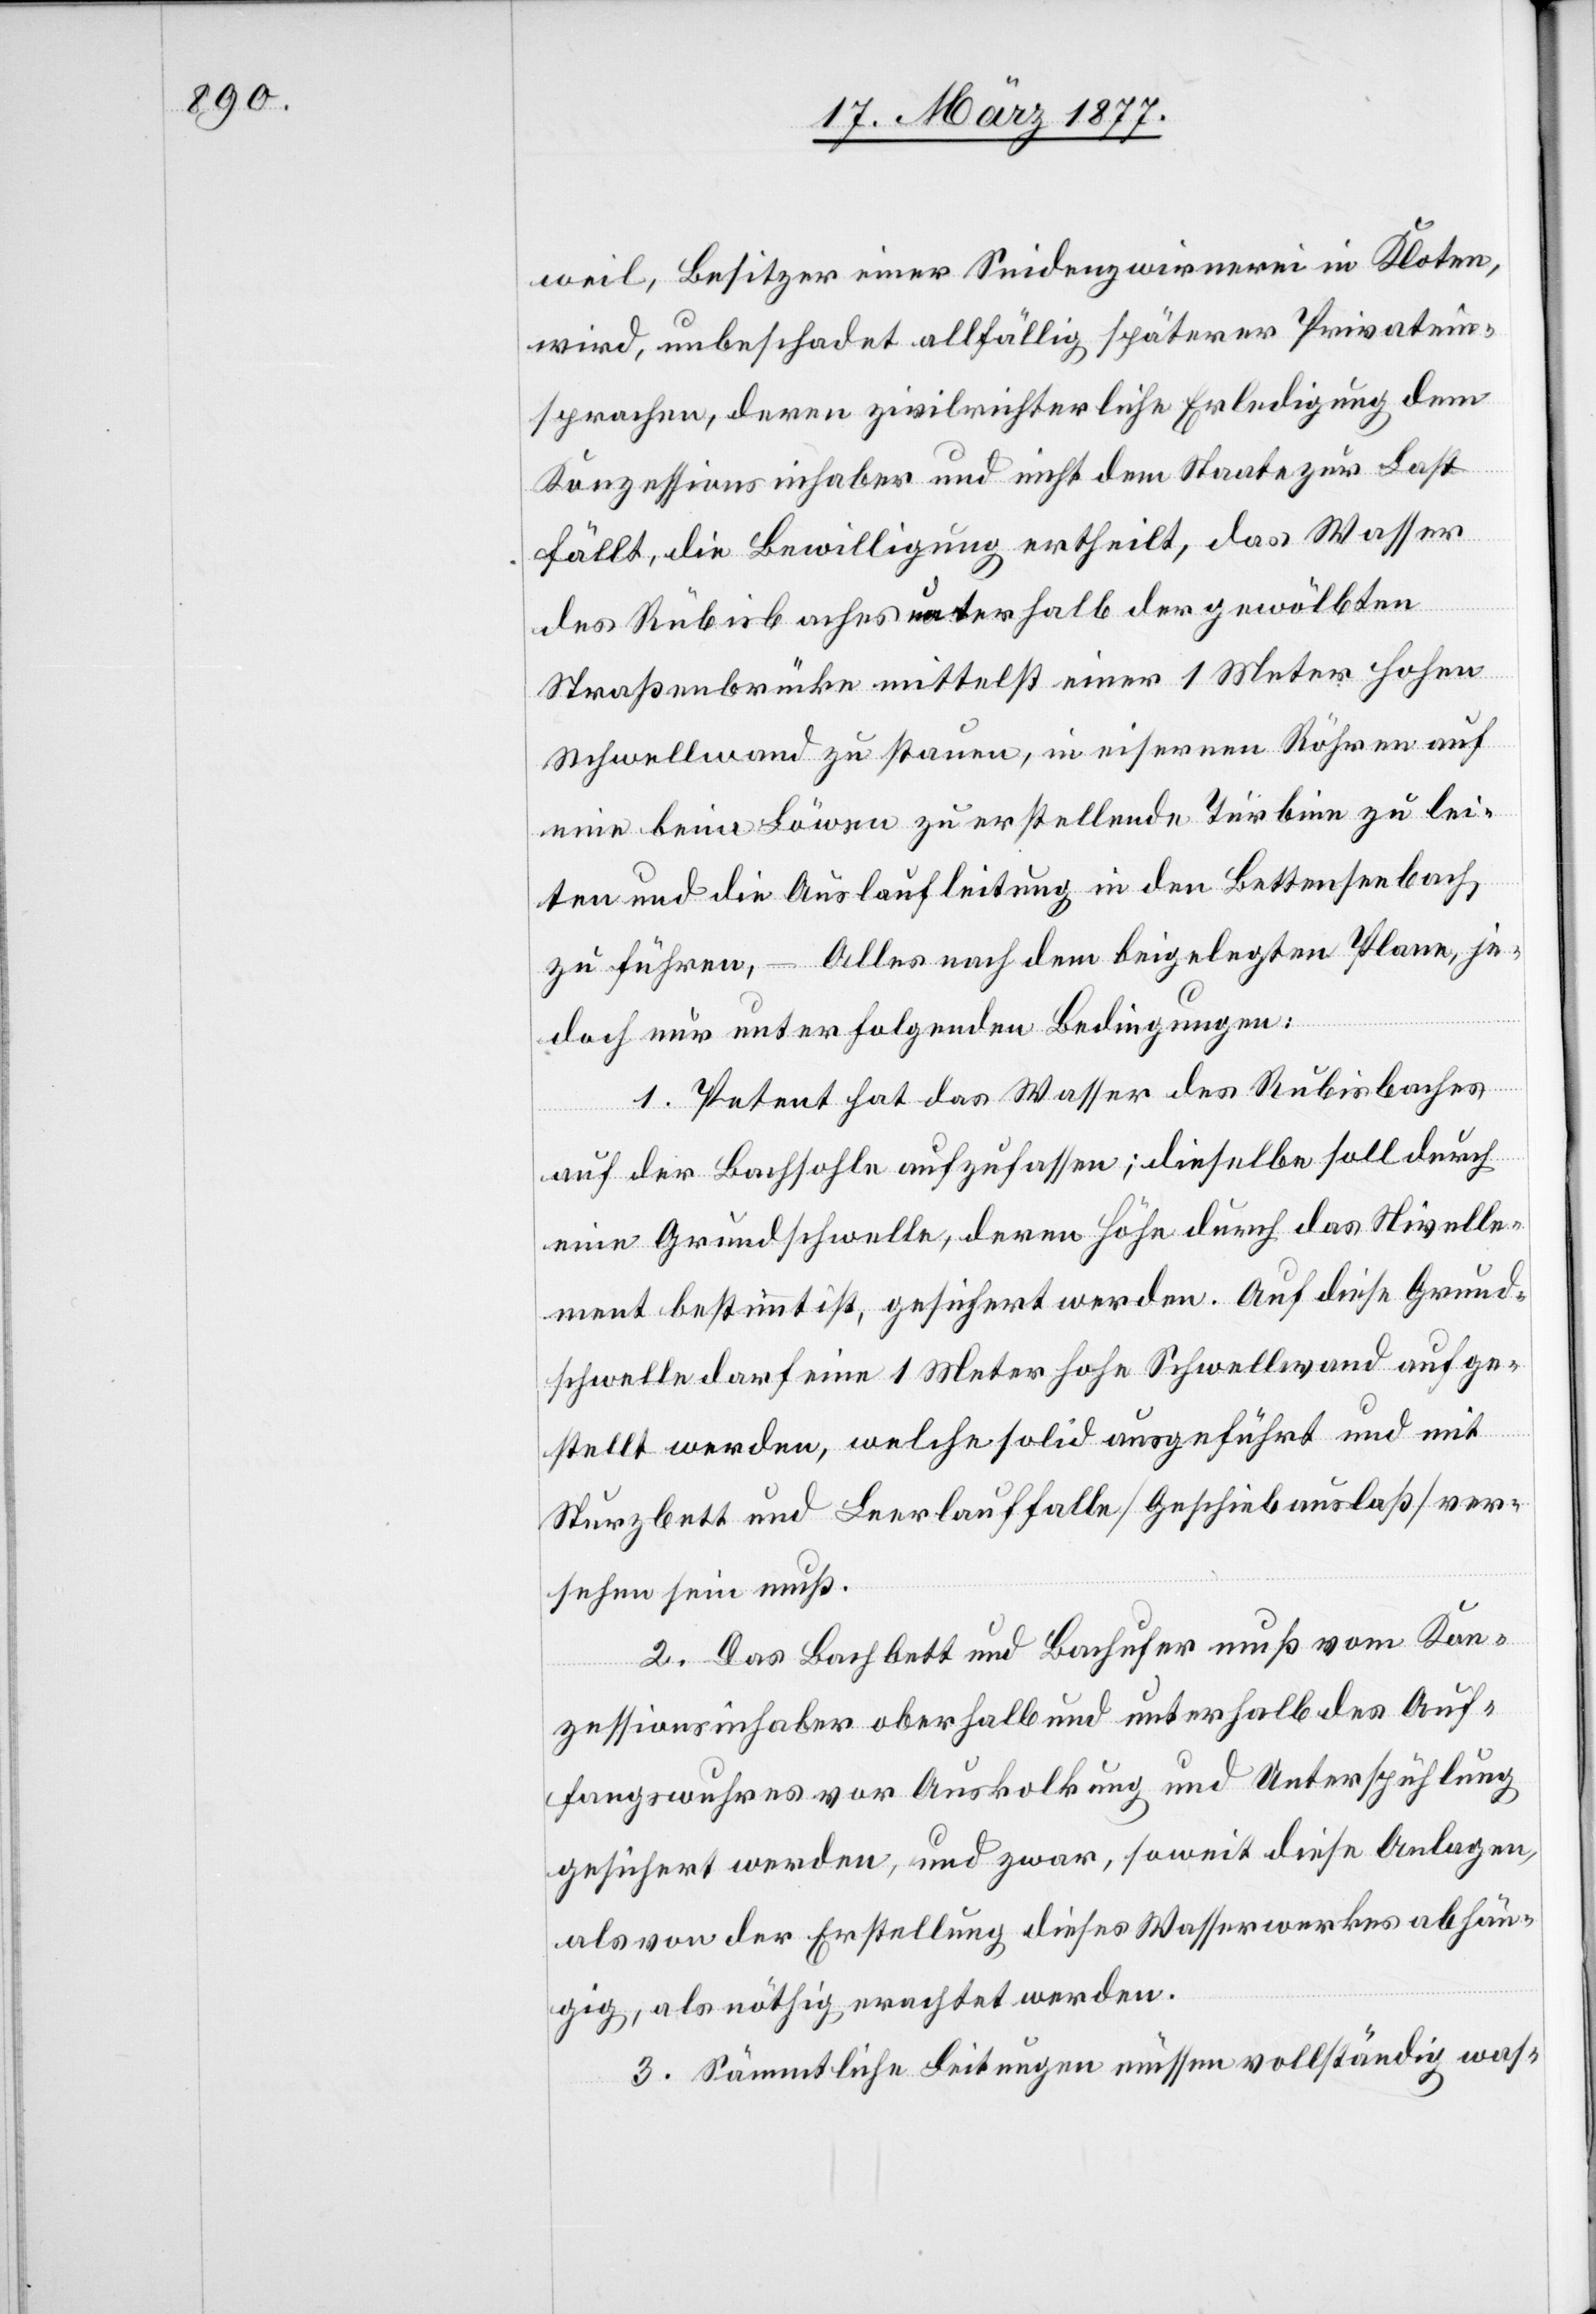
weil, Besitzer einer Seidenzwirnerei in Kloten,
wird, unbeschadet allfällig späterer Privatein¬
sprachen, deren zivilrichterliche Erledigung dem
Konzessionsinhaber und nicht dem Staate zur Last
fällt, die Bewilligung ertheilt, das Wasser
des Rübisbaches [sic!] unterhalb der gewölbten
Straßenbrücke mittelst einer 1 Meter hohen
Schwellwand zu stauen, in eisernen Röhren auf
eine beim Löwen zu erstellende Turbine zu lei¬
ten und die Auslaufleitung in den Bettenseebach
zu führen, – Alles nach dem beigelegten Plane, je¬
doch nur unter folgenden Bedingungen:
1. Petent hat das Wasser des Rubisbaches
auf der Bachsohle aufzufassen; dieselbe soll durch
eine Grundschwelle, deren Höhe durch das Nivelle¬
ment bestimmt ist, gesichert werden. Auf diese Grund¬
schwelle darf eine 1 Meter hohe Schwellwand aufge¬
stellt werden, welche solid ausgeführt und mit
Sturzbett und Leerlauffalle [Geschiebauslaß] ver¬
sehen sein muß.
2. Das Bachbett und Bachufer muß vom Kon¬
zessionsinhaber oberhalb und unterhalb des Auf¬
fangswuhres vor Auskolkung und Unterspühlung
gesichert werden, und zwar, soweit diese Anlagen,
als von der Erstellung dieses Wasserwerkes abhän¬
gig, als nöthig erachtet werden.
3. Sämmtliche Leitungen müssen vollständig was-